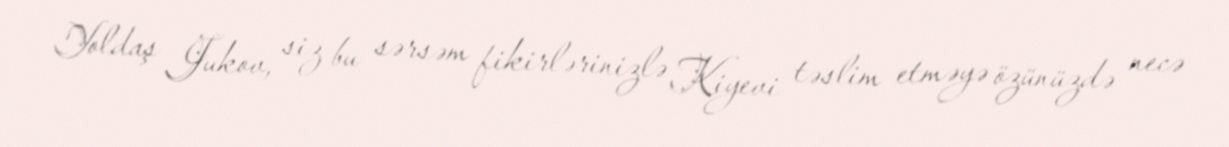
Yoldaş Jukov, siz bu sərsəm fikirlərinizlə Kiyevi təslim etməyə özünüzdə necə